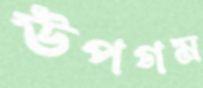
উপগম